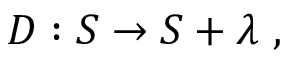
D : S \rightarrow S + \lambda \ ,